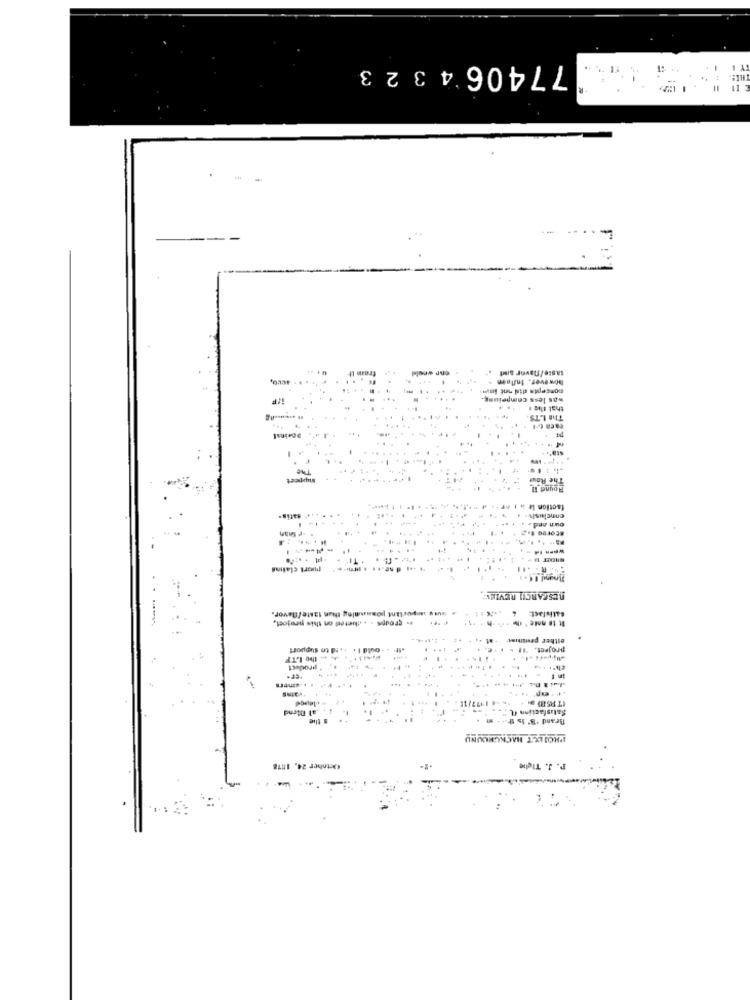
774064323
taste/navor arl
fromn
concepte did not imm
however. Inflaen
was less compeiung.
that the #
The LTS
Doeinst
The Rout
Round 11
faction It & 1 AF ++
· satis.
own and # 4
Stored 1.
puort clafins
RESEARCH REVIEW
a susy w portant possaning thun taste/favor.
4
satisfact
.. groups . . . theted on this project,
It to mote * d +och +
at
either presion
isd to support
project. "It
the LTF
product
,al Mend
s thie
Brand 'B' is the
Salasfactinn IL
P'HOU ELT BACKGROUND
October 24, 1978
P. J. Tig